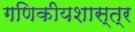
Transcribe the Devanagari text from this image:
गणिकीयशास्त्र